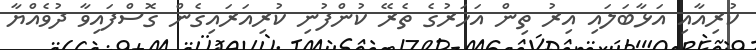
ކުރިއާއި އަޅާބަލައި އިރު ތިން އަހަރުގެ ތެރޭ ކުންފުނި ކުރިއަރައިގެން ގޮސްފައިވާ ދުވެއްޔާ